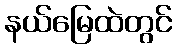
နယ်မြေထဲတွင်